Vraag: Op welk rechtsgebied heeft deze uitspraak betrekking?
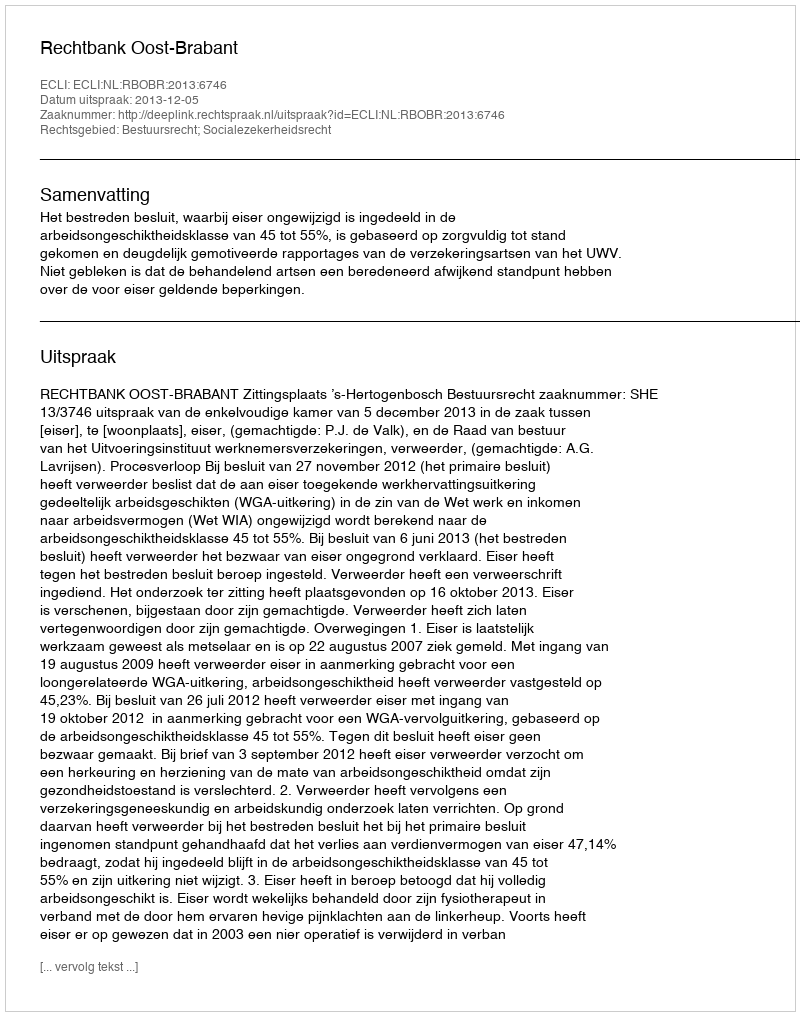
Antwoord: Bestuursrecht; Socialezekerheidsrecht